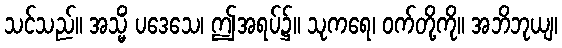
သင်သည်။ အသ္မိံ ပဒေသေ၊ ဤအရပ်၌။ သုကရေ၊ ဝက်တို့ကို။ အဘိဘုယျ၊